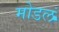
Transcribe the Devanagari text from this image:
मोडलं